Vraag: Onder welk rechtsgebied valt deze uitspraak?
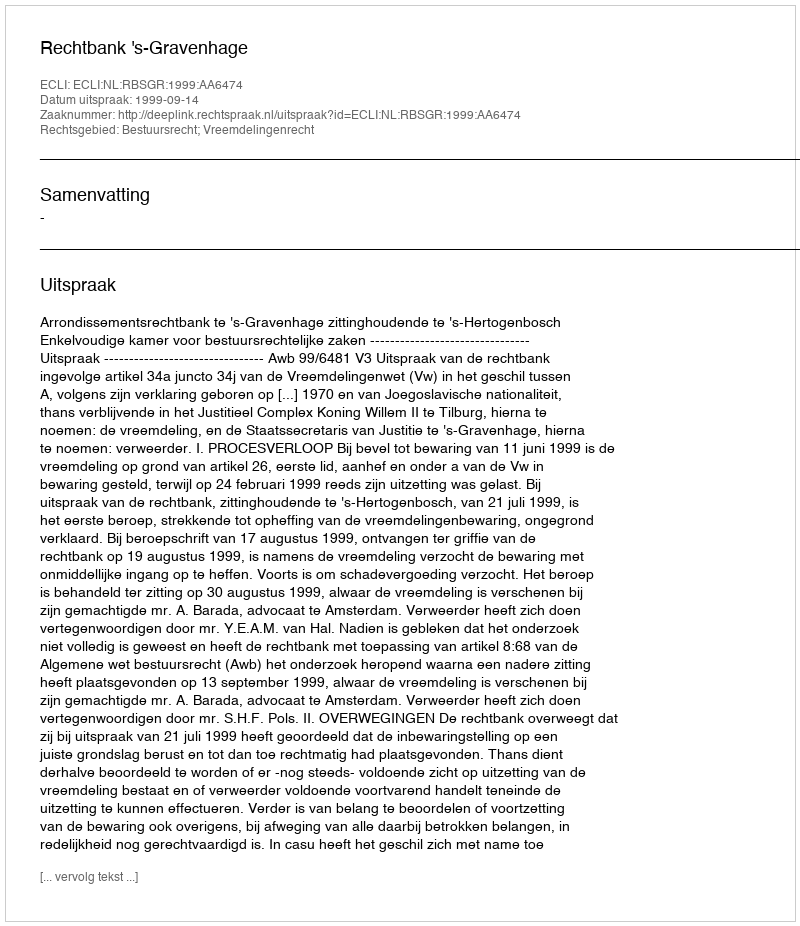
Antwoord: Bestuursrecht; Vreemdelingenrecht